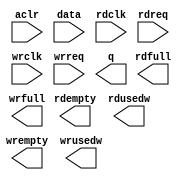
// This program was cloned from: https://github.com/cxdzyq1110/posture_recognition_CNN
// License: GNU General Public License v3.0

// megafunction wizard: %FIFO%VBB%
// GENERATION: STANDARD
// VERSION: WM1.0
// MODULE: dcfifo 

// ============================================================
// Megafunction Name(s):
// 			dcfifo
//
// Simulation Library Files(s):
// 			altera_mf
// ============================================================
// ************************************************************
// THIS IS A WIZARD-GENERATED FILE. DO NOT EDIT THIS FILE!
//
// 13.0.1 Build 232 06/12/2013 SP 1 SJ Full Version
// ************************************************************

//Copyright (C) 1991-2013 Altera Corporation
//Your use of Altera Corporation's design tools, logic functions 
//and other software and tools, and its AMPP partner logic 
//functions, and any output files from any of the foregoing 
//(including device programming or simulation files), and any 
//associated documentation or information are expressly subject 
//to the terms and conditions of the Altera Program License 
//Subscription Agreement, Altera MegaCore Function License 
//Agreement, or other applicable license agreement, including, 
//without limitation, that your use is for the sole purpose of 
//programming logic devices manufactured by Altera and sold by 
//Altera or its authorized distributors.  Please refer to the 
//applicable agreement for further details.

module alt_fifo_64b_8w (
	aclr,
	data,
	rdclk,
	rdreq,
	wrclk,
	wrreq,
	q,
	rdempty,
	rdfull,
	rdusedw,
	wrempty,
	wrfull,
	wrusedw);

	input	  aclr;
	input	[63:0]  data;
	input	  rdclk;
	input	  rdreq;
	input	  wrclk;
	input	  wrreq;
	output	[63:0]  q;
	output	  rdempty;
	output	  rdfull;
	output	[2:0]  rdusedw;
	output	  wrempty;
	output	  wrfull;
	output	[2:0]  wrusedw;
`ifndef ALTERA_RESERVED_QIS
// synopsys translate_off
`endif
	tri0	  aclr;
`ifndef ALTERA_RESERVED_QIS
// synopsys translate_on
`endif

endmodule

// ============================================================
// CNX file retrieval info
// ============================================================
// Retrieval info: PRIVATE: AlmostEmpty NUMERIC "0"
// Retrieval info: PRIVATE: AlmostEmptyThr NUMERIC "-1"
// Retrieval info: PRIVATE: AlmostFull NUMERIC "0"
// Retrieval info: PRIVATE: AlmostFullThr NUMERIC "-1"
// Retrieval info: PRIVATE: CLOCKS_ARE_SYNCHRONIZED NUMERIC "0"
// Retrieval info: PRIVATE: Clock NUMERIC "4"
// Retrieval info: PRIVATE: Depth NUMERIC "8"
// Retrieval info: PRIVATE: Empty NUMERIC "1"
// Retrieval info: PRIVATE: Full NUMERIC "1"
// Retrieval info: PRIVATE: INTENDED_DEVICE_FAMILY STRING "Cyclone II"
// Retrieval info: PRIVATE: LE_BasedFIFO NUMERIC "0"
// Retrieval info: PRIVATE: LegacyRREQ NUMERIC "0"
// Retrieval info: PRIVATE: MAX_DEPTH_BY_9 NUMERIC "0"
// Retrieval info: PRIVATE: OVERFLOW_CHECKING NUMERIC "0"
// Retrieval info: PRIVATE: Optimize NUMERIC "0"
// Retrieval info: PRIVATE: RAM_BLOCK_TYPE NUMERIC "0"
// Retrieval info: PRIVATE: SYNTH_WRAPPER_GEN_POSTFIX STRING "0"
// Retrieval info: PRIVATE: UNDERFLOW_CHECKING NUMERIC "0"
// Retrieval info: PRIVATE: UsedW NUMERIC "1"
// Retrieval info: PRIVATE: Width NUMERIC "64"
// Retrieval info: PRIVATE: dc_aclr NUMERIC "1"
// Retrieval info: PRIVATE: diff_widths NUMERIC "0"
// Retrieval info: PRIVATE: msb_usedw NUMERIC "0"
// Retrieval info: PRIVATE: output_width NUMERIC "64"
// Retrieval info: PRIVATE: rsEmpty NUMERIC "1"
// Retrieval info: PRIVATE: rsFull NUMERIC "1"
// Retrieval info: PRIVATE: rsUsedW NUMERIC "1"
// Retrieval info: PRIVATE: sc_aclr NUMERIC "0"
// Retrieval info: PRIVATE: sc_sclr NUMERIC "0"
// Retrieval info: PRIVATE: wsEmpty NUMERIC "1"
// Retrieval info: PRIVATE: wsFull NUMERIC "1"
// Retrieval info: PRIVATE: wsUsedW NUMERIC "1"
// Retrieval info: LIBRARY: altera_mf altera_mf.altera_mf_components.all
// Retrieval info: CONSTANT: INTENDED_DEVICE_FAMILY STRING "Cyclone II"
// Retrieval info: CONSTANT: LPM_NUMWORDS NUMERIC "8"
// Retrieval info: CONSTANT: LPM_SHOWAHEAD STRING "ON"
// Retrieval info: CONSTANT: LPM_TYPE STRING "dcfifo"
// Retrieval info: CONSTANT: LPM_WIDTH NUMERIC "64"
// Retrieval info: CONSTANT: LPM_WIDTHU NUMERIC "3"
// Retrieval info: CONSTANT: OVERFLOW_CHECKING STRING "ON"
// Retrieval info: CONSTANT: RDSYNC_DELAYPIPE NUMERIC "4"
// Retrieval info: CONSTANT: UNDERFLOW_CHECKING STRING "ON"
// Retrieval info: CONSTANT: USE_EAB STRING "ON"
// Retrieval info: CONSTANT: WRITE_ACLR_SYNCH STRING "OFF"
// Retrieval info: CONSTANT: WRSYNC_DELAYPIPE NUMERIC "4"
// Retrieval info: USED_PORT: aclr 0 0 0 0 INPUT GND "aclr"
// Retrieval info: USED_PORT: data 0 0 64 0 INPUT NODEFVAL "data[63..0]"
// Retrieval info: USED_PORT: q 0 0 64 0 OUTPUT NODEFVAL "q[63..0]"
// Retrieval info: USED_PORT: rdclk 0 0 0 0 INPUT NODEFVAL "rdclk"
// Retrieval info: USED_PORT: rdempty 0 0 0 0 OUTPUT NODEFVAL "rdempty"
// Retrieval info: USED_PORT: rdfull 0 0 0 0 OUTPUT NODEFVAL "rdfull"
// Retrieval info: USED_PORT: rdreq 0 0 0 0 INPUT NODEFVAL "rdreq"
// Retrieval info: USED_PORT: rdusedw 0 0 3 0 OUTPUT NODEFVAL "rdusedw[2..0]"
// Retrieval info: USED_PORT: wrclk 0 0 0 0 INPUT NODEFVAL "wrclk"
// Retrieval info: USED_PORT: wrempty 0 0 0 0 OUTPUT NODEFVAL "wrempty"
// Retrieval info: USED_PORT: wrfull 0 0 0 0 OUTPUT NODEFVAL "wrfull"
// Retrieval info: USED_PORT: wrreq 0 0 0 0 INPUT NODEFVAL "wrreq"
// Retrieval info: USED_PORT: wrusedw 0 0 3 0 OUTPUT NODEFVAL "wrusedw[2..0]"
// Retrieval info: CONNECT: @aclr 0 0 0 0 aclr 0 0 0 0
// Retrieval info: CONNECT: @data 0 0 64 0 data 0 0 64 0
// Retrieval info: CONNECT: @rdclk 0 0 0 0 rdclk 0 0 0 0
// Retrieval info: CONNECT: @rdreq 0 0 0 0 rdreq 0 0 0 0
// Retrieval info: CONNECT: @wrclk 0 0 0 0 wrclk 0 0 0 0
// Retrieval info: CONNECT: @wrreq 0 0 0 0 wrreq 0 0 0 0
// Retrieval info: CONNECT: q 0 0 64 0 @q 0 0 64 0
// Retrieval info: CONNECT: rdempty 0 0 0 0 @rdempty 0 0 0 0
// Retrieval info: CONNECT: rdfull 0 0 0 0 @rdfull 0 0 0 0
// Retrieval info: CONNECT: rdusedw 0 0 3 0 @rdusedw 0 0 3 0
// Retrieval info: CONNECT: wrempty 0 0 0 0 @wrempty 0 0 0 0
// Retrieval info: CONNECT: wrfull 0 0 0 0 @wrfull 0 0 0 0
// Retrieval info: CONNECT: wrusedw 0 0 3 0 @wrusedw 0 0 3 0
// Retrieval info: GEN_FILE: TYPE_NORMAL alt_fifo_64b_8w.v TRUE
// Retrieval info: GEN_FILE: TYPE_NORMAL alt_fifo_64b_8w.inc FALSE
// Retrieval info: GEN_FILE: TYPE_NORMAL alt_fifo_64b_8w.cmp FALSE
// Retrieval info: GEN_FILE: TYPE_NORMAL alt_fifo_64b_8w.bsf FALSE
// Retrieval info: GEN_FILE: TYPE_NORMAL alt_fifo_64b_8w_inst.v FALSE
// Retrieval info: GEN_FILE: TYPE_NORMAL alt_fifo_64b_8w_bb.v TRUE
// Retrieval info: LIB_FILE: altera_mf